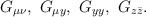
\begin{align*}G_{\mu\nu},\ G_{\mu y},\ G_{yy},\ G_{z\bar{z}}.\end{align*}